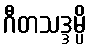
ဂီတသဒ္ဒမ္ပိ